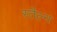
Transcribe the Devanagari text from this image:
स्तैल्न